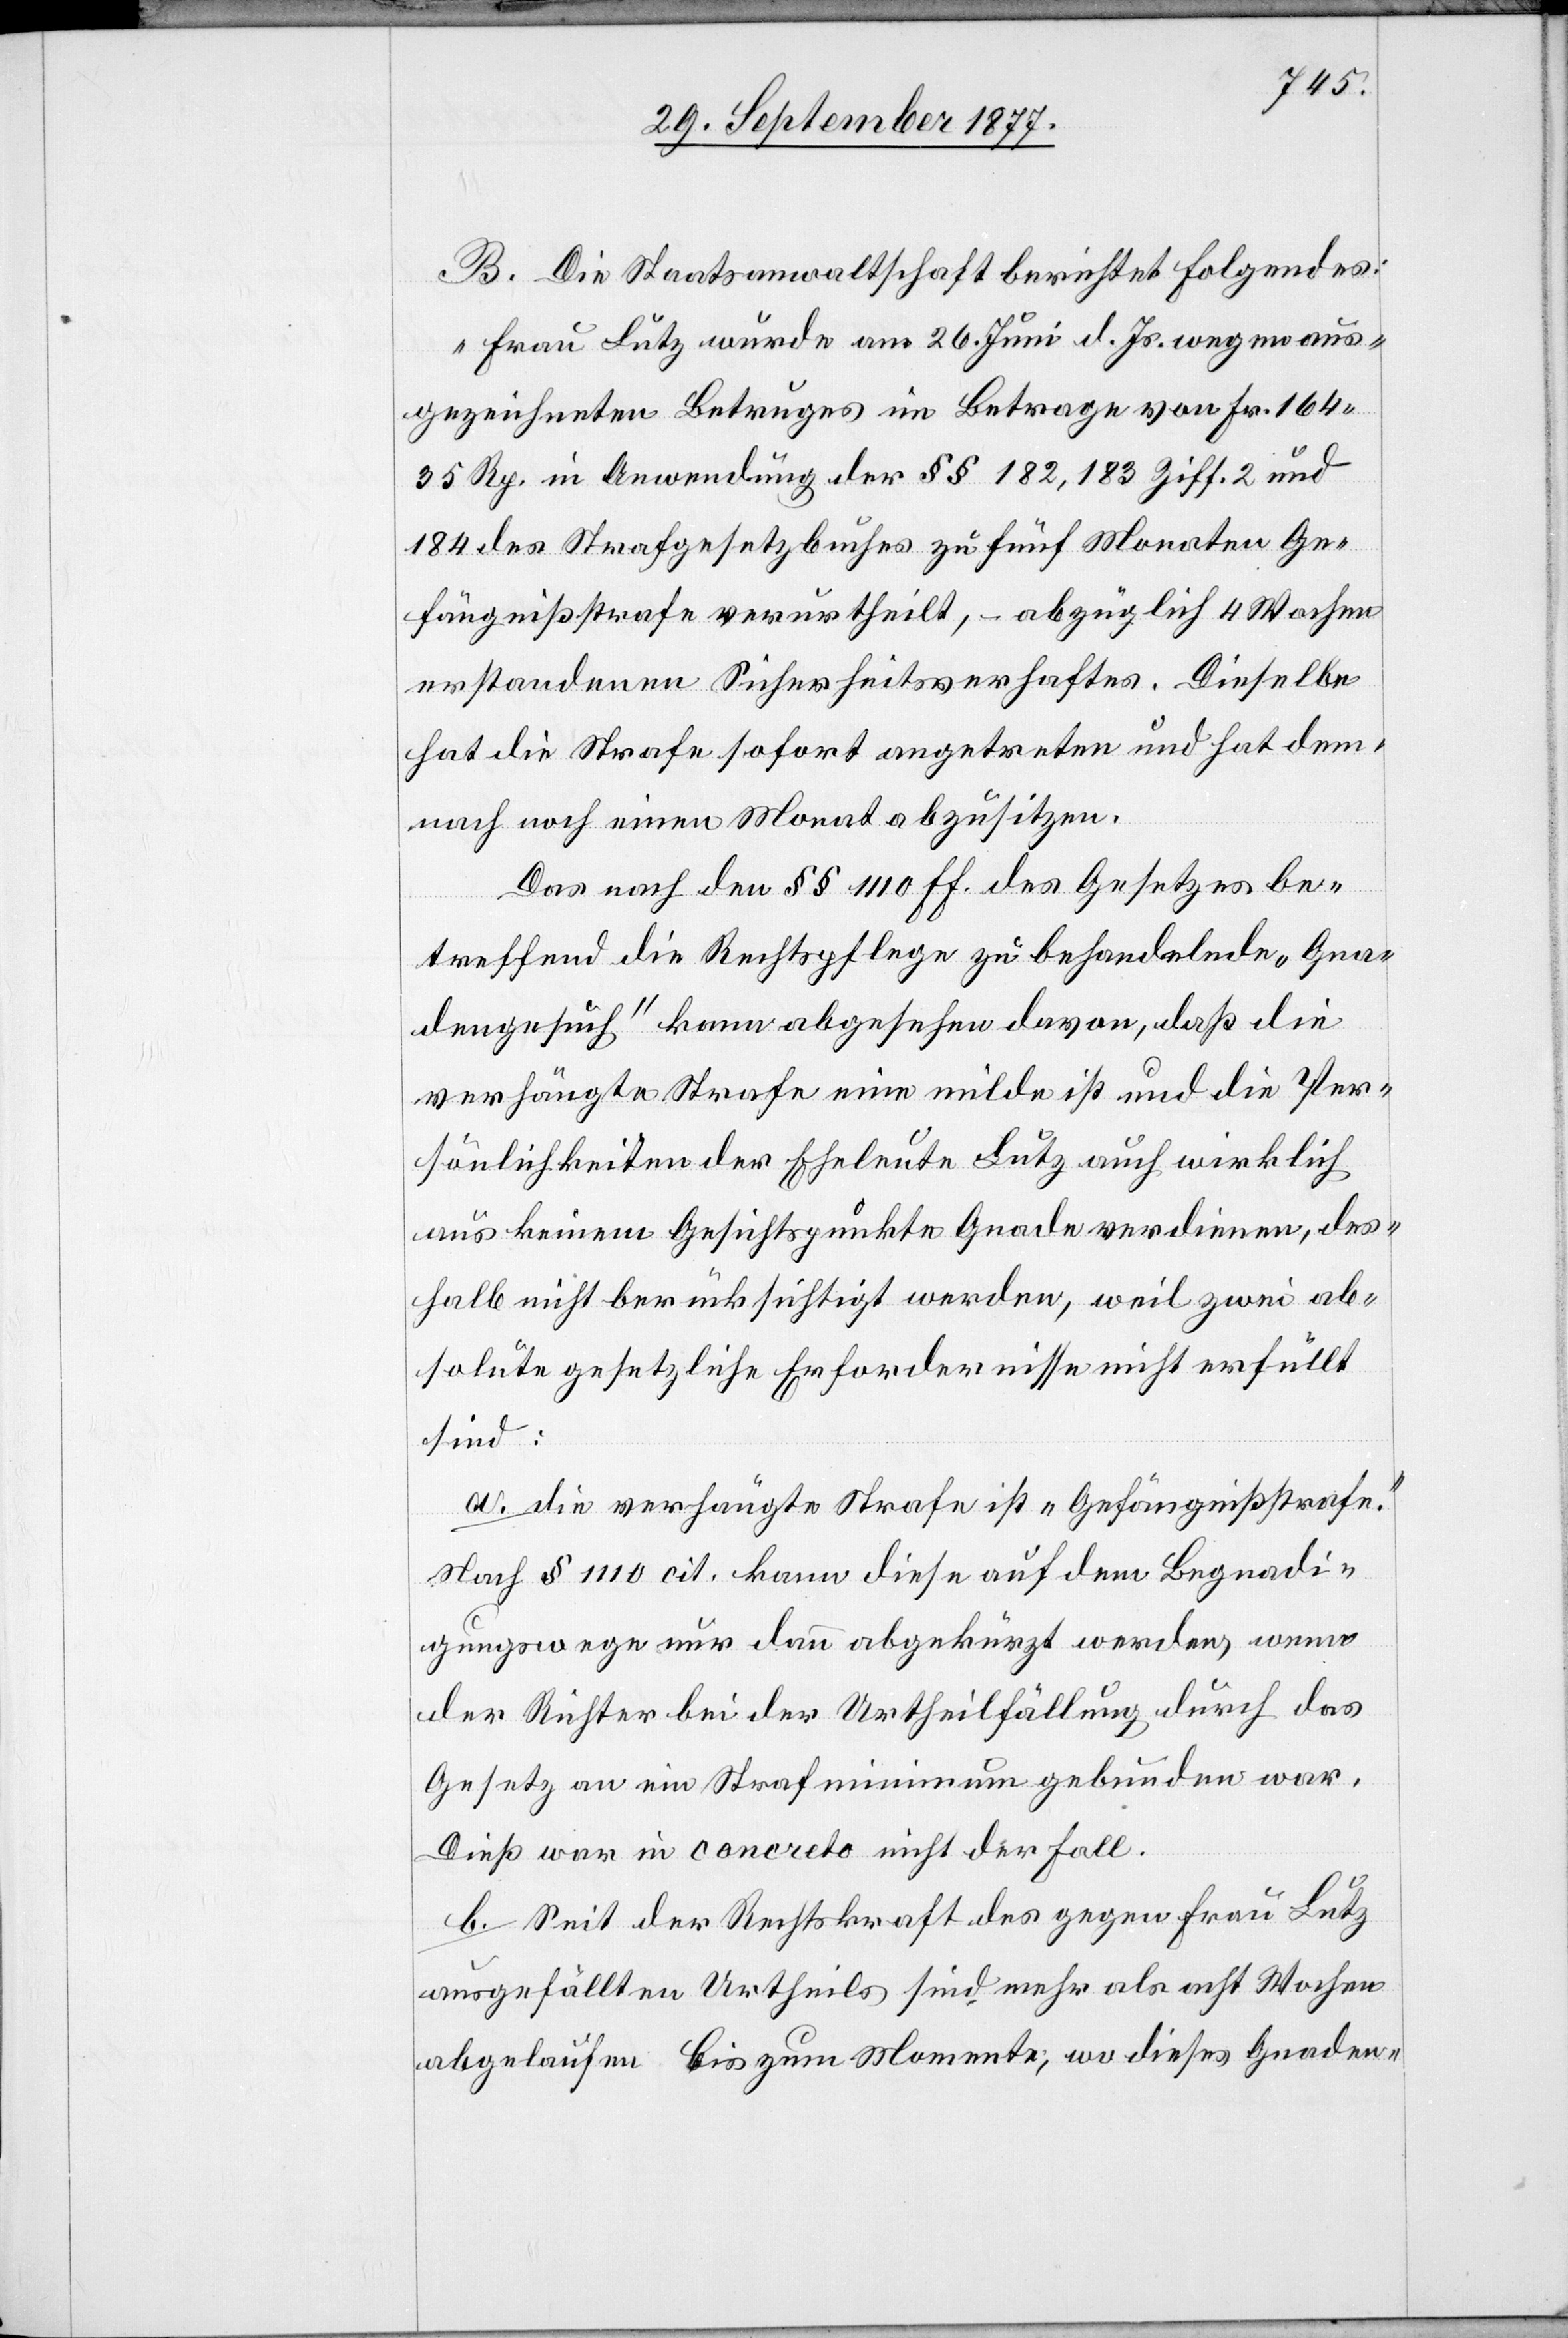
B. Die Staatsanwaltschaft berichtet Folgendes:
„Frau Lutz wurde am 26. Juni d. Js. wegen aus¬
gezeichneten Betruges im Betrage von Fr. 164
35 Rp. in Anwendung der §§ 182, 183 Ziff. 2 und
184 des Strafgesetzbuches zu fünf Monaten Ge¬
fängnißstrafe verurtheilt, – abzüglich 4 Wochen
erstandenen Sicherheitsverhaftes. Dieselbe
hat die Strafe sofort angetreten und hat dem¬
nach noch einen Monat abzusitzen.
Das nach den §§ 1110 ff. des Gesetzes be¬
treffend die Rechtspflege zu behandelnde „Gna¬
dengesuch“ kann abgesehen davon, daß die
verhängte Strafe eine milde ist und die Per¬
sönlichkeiten der Eheleute Lutz auch wirklich
aus keinem Gesichtspunkte Gnade verdienen, des¬
halb nicht berücksichtigt werden, weil zwei ab¬
solute gesetzliche Erfordernisse nicht erfüllt
sind:
a. die verhängte Strafe ist „Gefängnißstrafe“.
Nach § 1110 cit. kann diese auf dem Begnadi¬
gungswege nur dann abgekürzt werden, wenn
der Richter bei der Urtheilfällung durch das
Gesetz an ein Strafminimum gebunden war.
Dieß war in concreto nicht der Fall.
b. Seit der Rechtskraft des gegen Frau Lutz
ausgefällten Urtheils sind mehr als acht Wochen
abgelaufen. Bis zum Momente, wo dieses Gnaden-